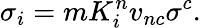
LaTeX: \sigma_{i}=mK_{i}^{n}v_{nc}\sigma^{c}.